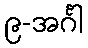
၉-အင်္ဂါ